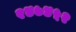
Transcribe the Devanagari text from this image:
२४७४५२